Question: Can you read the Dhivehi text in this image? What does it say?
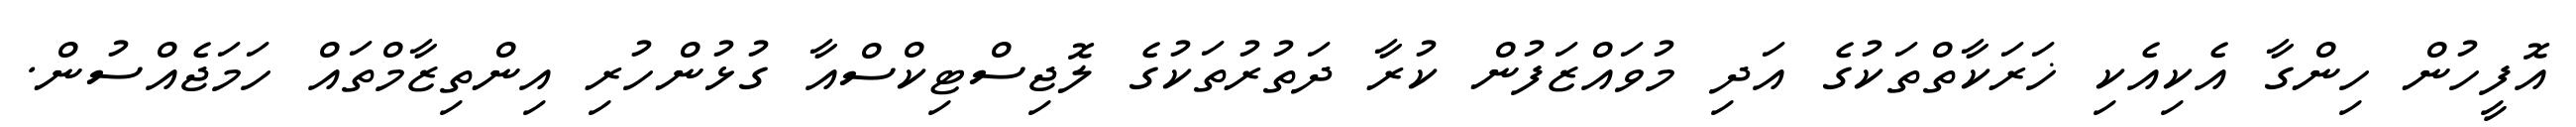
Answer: އޮފީހުން ހިންގާ އެކިއެކި ޚަރަކާތްތަކުގެ އަދި މުވައްޒަފުން ކުރާ ދަތުރުތަކުގެ ލޮޖިސްޓިކްސްއާ ގުޅުންހުރި އިންތިޒާމްތައް ހަމަޖެއްސުން.